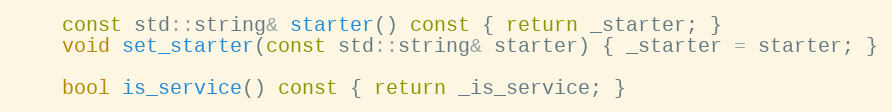
Language: C
    const std::string& starter() const { return _starter; }
    void set_starter(const std::string& starter) { _starter = starter; }

    bool is_service() const { return _is_service; }